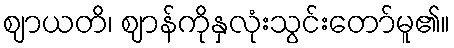
ဈာယတိ၊ ဈာန်ကိုနှလုံးသွင်းတော်မူ၏။